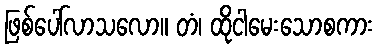
ဖြစ်ပေါ်လာသလော။ တံ၊ ထိုငါမေးသောစကား